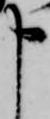
申